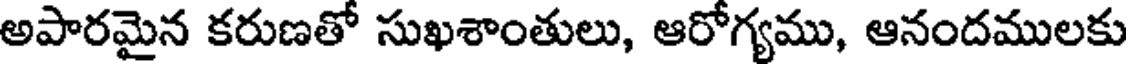
అపారమైన కరుణతో సుఖశాంతులు, ఆరోగ్యము, ఆనందములకు